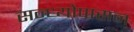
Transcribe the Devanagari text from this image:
सन्ध्याेपासन